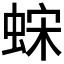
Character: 𫋀